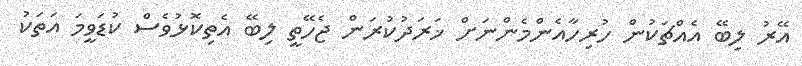
އޭރު ލިބޭ އެއްޗަކުން ހުރިހާއެންމެންނަށް ޚަރަދުކުރަން ޖެހޭތީ ލިބޭ އެތިކޮޅުވެސް ކުޑަވީމަ އަތަކު